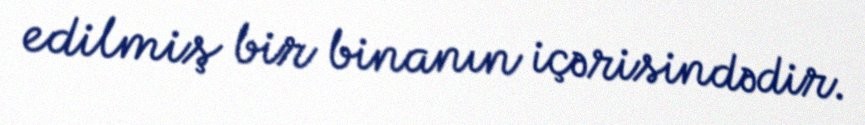
edilmiş bir binanın içərisindədir.